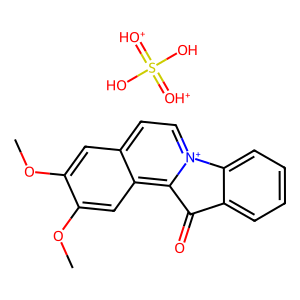
SMILES: COc1cc2cc[n+]3c(c2cc1OC)C(=O)c1ccccc1-3.OS(O)(=[OH+])=[OH+]
Inhibits HIV replication: No